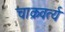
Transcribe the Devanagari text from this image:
चाक्रवर्त्य